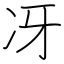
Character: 冴